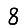
Digit: 8